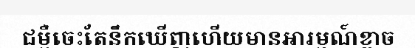
ជម្ងឺចេះតែនឹកឃើញហើយមានអារម្មណ៍ខ្លាច